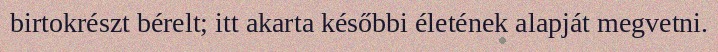
birtokrészt bérelt; itt akarta későbbi életének alapját megvetni.